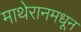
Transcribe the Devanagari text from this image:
माथेरानमधून